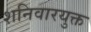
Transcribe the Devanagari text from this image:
शनिवारयुक्त